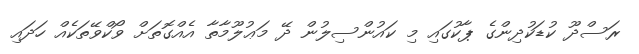
ރަސްދޫ ކުޑަކުދިންގެ ޕާކުގައި މި ކައުންސިލުން ދޭ މަޢުލޫމާތާ އެއްގޮތަށް ވޯކްވޭތަކެއް ހަދައި